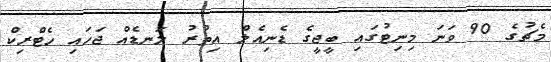
މެޗުގެ 90 ވަނަ މިނިޓުގައި ބީޖީގެ ޑެނިއެލް އިތުރު ލަނޑެއް ޖަހައި ހެޓްރިކް